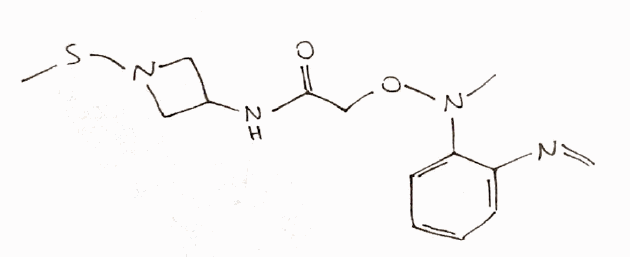
Simplified molecular-input line-entry system (SMILES) notation of the given molecule:
CN(C1=CC=CC=C1N=C)OCC(=O)NC2CN(C2)SC